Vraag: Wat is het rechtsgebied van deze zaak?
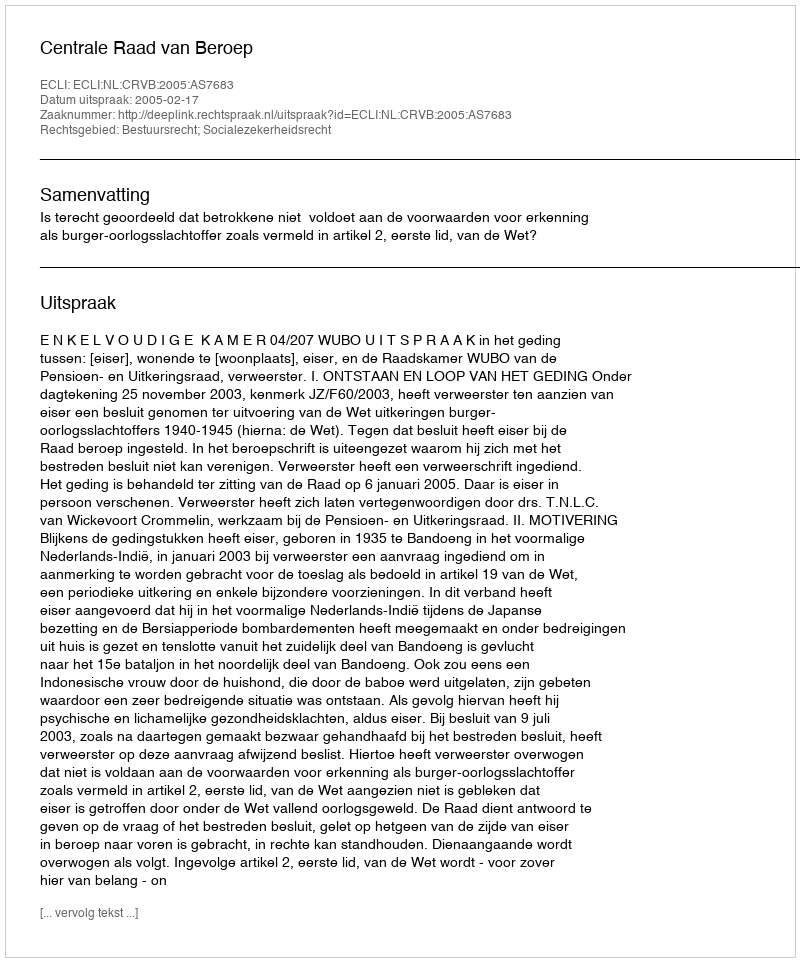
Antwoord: Bestuursrecht; Socialezekerheidsrecht